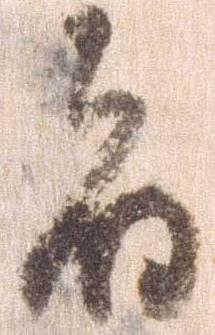
者